Medical and sanitary report of the native army of Bengal for the year
Year: 1876
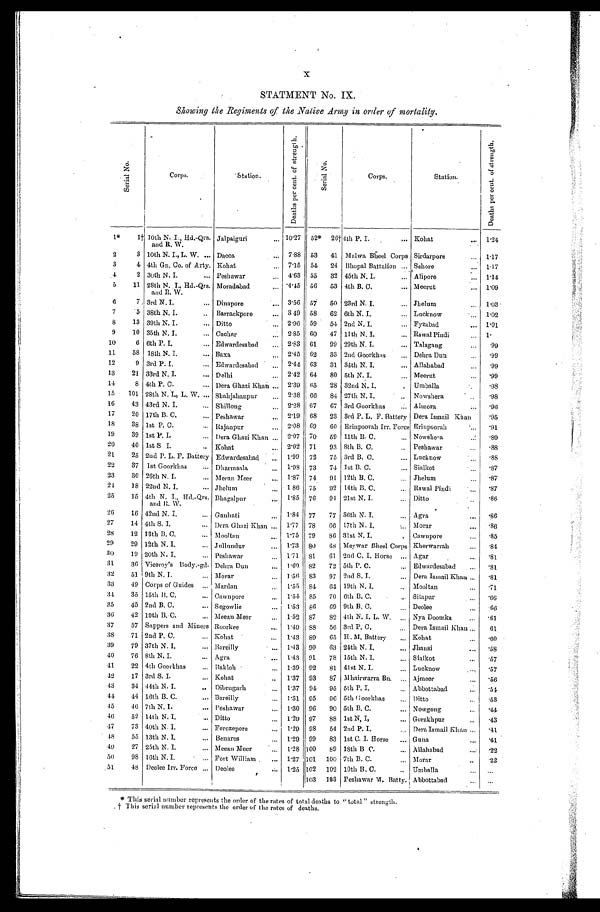
X
STATMENT No. IX.
Showing the Regiments of the Native Army in order of mortality.
S e r i a l N o .
Corps.
Station.
D e a t h s p e r c e n t . o f s t r e n g t h .
S e r i a l N o .
Corps.
Station.
D e a t h s p e r c e n t . o f s t r e n g h t .
1*
1† 10th N. I., Hd.-Qrs.
and R. W.
Jalpaiguri
... 10.27
52*
26† 4th P. I.
... Kohat
...
1.24
2
3 10th N. I., L. W.
... Dacca
. . . 7.88
53
41
Malwa Bheel Corps Sirdarpore
. . . 1.17
3
4 4th Gn. Co. of Arty. Kohat
. . . 7.15
51
24 Bhopal Battalion
Sehore
...
1.17
4
2 30th N. I.
... Peshawar
. . . 4.63
55
32 45th N. I.
... Alipore
...
1.14
5
11 28th N. I., Hd.-Qrs.
and R. W.
Moradabad
...
4.15
56
53 4th B. C.
... Meerut
...
1.09
6
7 3rd N. I.
... Dinapore
. . . 3.56
57
50 23rd N. I.
... Jhelu
. . .
1.03
7
5 38th N. I.
... Barrackpore
...
3 49
58
62 6th N. I.
... Lucknow
...
1.02
8
13 39th N. I.
... Ditto
...
2.96
59
51 2nd N. I.
... Fyzabad
...
1.01
9
10 35th N. I.
... Cachar
...
2.85
60
47 11th N. I.
... Rawal Pindi
1.
10
6 6th P. I.
... Edwardesabad
...
2.83
61
99 29th N. I.
... Talagang
. . .
.99
11
58
18th N. I.
... Baxa
2.45
62
33 2nd Goorkhas
... Dehra Dun
.99
12
9 3rd P. I.
... Edwardesabad
2.44
63
31 34th N. I.
... Allahabad
...
.99
13
21 33rd N. I.
... Delhi
...
2.42
64
80 5th N.J
... Meerut
...
.99
14
8 4th P. C.
... Dera Ghazi Khan ...
2.39
65
28 32nd N. I.
. . . Umballa
. . .
.98
15
101 28th N. I., L. W. ... Shahjahanpur
. . . 2.38
66
84 27th N. I.
...
Nowshera
. . .
.98
16
43 43rd N. I.
... Shillong
. . . 2.28
67
67 3rd Goorkhas
... Ahnora
...
.96
17
20 17th B. C.
... Peshawar
. . . 2.19
68
23 3rd P. L. F. Battery Dera Ismail Khan
.95
18
38 1st P. C.
... Rajanpur
... 2.08
69
60 Erinpoorah Irr, Force Erinpoorah
...
.91
19
39 1st P. I
...
Dera Ghazi Khan ...
2.07
70
59 11th B. C.
... Nowshera
...
.89
20
40 1st S. I
... Kohat
...
2.02
71
93 8th B. C.
. . .
Peshawar
. . . .88
21
25 2nd P. L. F. Battery Edwardesabad
1. 99
72
75 3rd B. C.
... Lucknow
. . .
.88
22
37
1st Goorkhas
Dharmsala
. . .
1. 98 73
74 1st B. C.
... Sialkot
. . .
. 8 7
23
30 26th N. I.
... Meean Meer
...
1.87
7.4
94 12th B. C.
... Jhelum
...
.87
21
18 22nd N. I.
...
Jhelum
. . . 1 86
75
92
14th B. C.
... Rawal Pindi
...
.87
25
15 4th N. I., Hd.-Qrs.
and R. W.
Bhagalpur
. . . 1.85
76
94 21st N. I.
... Ditto
.. .
. 8 6
26
16 42nd N. I.
... Gauhati
. . .
1. 84 77
77 36th N. I.
... Agra
...
. 8 6
27
14 4th S. I.
... Dera Ghazi Khan ...
1.77
78
66 17th N. I.
... Morar
. 8 6
28
12 13th B. C.
... Mooltan
. . .
1. 75 79
86 31st N. I.
.
Cawnpore
. . .
. 8 5
29
29 12th N. I.
... Jullundur
...
1. 73 80
6 8 Meywar Bheel Corps Kherwarrah
...
.84
30
19 20th N. I,
... Peshawar
. . . 1.71
81
61
2nd C. I. Horse
... Agar
...
.81
31.
36 4 Viceroy's Body.-gd. Dehra Dun
...
1.69
82
72 5th P. C.
... Edwardesabad
...
.81
32
51 9th N. I.
... Morar
. . . 1.56
83
97 2nd S. I.
... Dera Ismail Khan
.81
33
49 Corps of Guides
... Mardan
...
1.55
94
64 19th N. I.
... Mooltan
...
.71
34
35 15th 11. C.
... Cawnpore
...
1.54
85
70 6th B. C.
... Sitapur
...
.66
35
45 2nd B, C.
... Segowlie
...
1.53
86
69 9th B. C.
. . . Deolee
...
.66
36
42 19th B. C.
... Meean Meer
...
1.52
87
82 4th N. I. L. W.
... Nya Doomka
....
.61
37
57 Sappers and Miners Roorkee
...
140
88
56 3rd P. C.
. . . Dera Ismail Khan
61
38
71 2nd P. C.
... Kohat
...
1.43
89
65
H. M. Battery
... Kohat
39
79 37th N. I.
... Bareilly
1.43
90
63 24th N. I.
... Jhansi
...
.58
40
76 8th N, I.
... Agra
...
1.43
91
78 15th N. I.
. . . Sialkot
...
.57
41
22 4th Goorkhas
...
Bakloh
. . .
1.39
92
81 41st N. I.
. . . Lucknow
. . .
.57
42
17 3rd S. I.
... Kohat
..
1 . 3 7 93
8 7 Mhairwarra Bn.
... Ajmeer
...
.56
43
34 44th N. I.
..
Dibrugarh
...
1 . 3 7 94
95 5th P. I.
... Abbottabad
. . .
.51
44
44 16th B. C.
... Bareilly
...
1.31
95
96 5th Goorkhas
... Ditto
. . .
.53
45
46 7th N. I.
... Peshawar
...
1 . 3 0 96
90 5th B. C.
... Nowgong
...
.44
46
52 14th N. I.
... Ditto
...
1.29
97
88 1st N, I,
... Gorakhpur
...
.43
47
73 40th N. I.
... Ferozepore
...
1 . 29
98
54 2nd P. I.
Dera Ismail Elan...
.41
48
55 13th N. I.
... Benares
...
1.29
99
83 1st C. I. Horse
... Guna
...
.41
4 9
27 25th N. I.
... Meean Meer
...
1.28 100
89 18th B. C .
... Allahabad
...
.22
50
98 16th N. I.
... Fort William .
...
P27 101
100 7th B. C.
.. Morar
...
.22
51
48
Deolee Irr. Force ... Deolee
. . .
1.25 102
102 10th B. C.
..
Umballa
. . .
...
103
103 Peshawar M. Batty. Abbottabad
. . .
...
*This serial number represents the order of the rates of total deaths to " total " strength.
† This serial number represents the order of the rates of deaths.